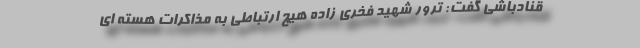
قنادباشی گفت: ترور شهید فخری زاده هیچ ارتباطی به مذاکرات هسته ای